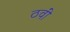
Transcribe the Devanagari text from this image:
ठवीं